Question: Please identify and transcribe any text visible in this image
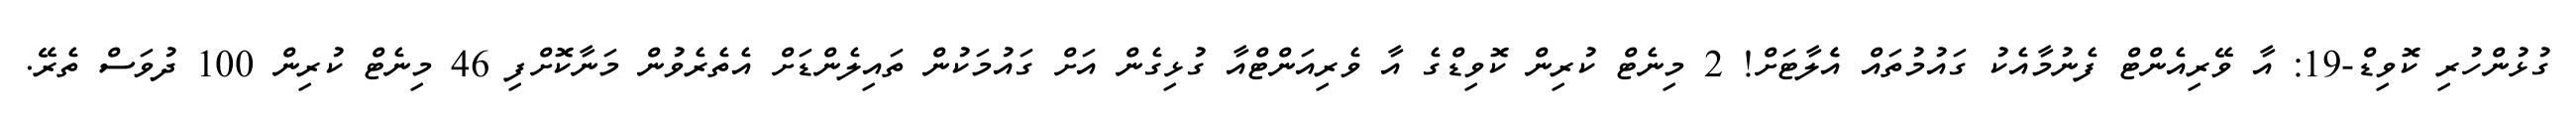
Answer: ގުޅުންހުރި ކޮވިޑް-19: އާ ވޭރިއެންޓް ފެނުމާއެކު ގައުމުތައް އެެލާޓަށް! 2 މިނެޓް ކުރިން ކޮވިޑްގެ އާ ވެރިއަންޓްއާ ގުޅިގެން އަށް ގައުމަކުން ތައިލެންޑަށް އެތެރެވުން މަނާކޮށްފި 46 މިނެޓް ކުރިން 100 ދުވަސް ތެރޭ.